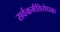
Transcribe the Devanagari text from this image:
सर्वकर्मविरोधकः